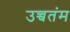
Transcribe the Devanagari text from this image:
उच्चतंम